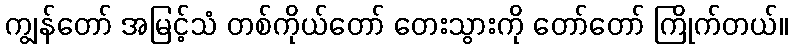
ကျွန်တော် အမြင့်သံ တစ်ကိုယ်တော် တေးသွားကို တော်တော် ကြိုက်တယ်။